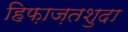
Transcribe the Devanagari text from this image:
हिफ़ाज़तशुदा